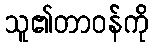
သူ၏တာဝန်ကို